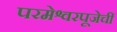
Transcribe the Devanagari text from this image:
परमेश्वरपूजेचीं